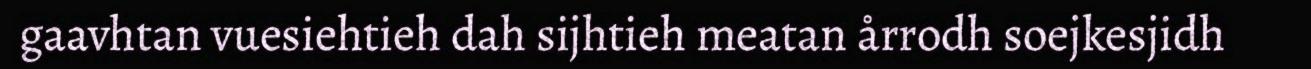
gaavhtan vuesiehtieh dah sijhtieh meatan årrodh soejkesjidh